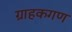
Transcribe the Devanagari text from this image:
ग्राहकगण